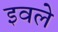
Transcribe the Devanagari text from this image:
इवले